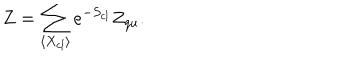
Z = \sum _ { \langle X _ { c l } \rangle } e ^ { - S _ { c l } } Z _ { q u } .